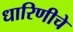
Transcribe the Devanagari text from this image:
धारिणीचे